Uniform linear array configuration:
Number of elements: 8
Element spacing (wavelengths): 0.75
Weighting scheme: blackman
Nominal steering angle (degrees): -45
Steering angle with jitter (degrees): -46.049
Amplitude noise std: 0.05
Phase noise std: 0.05

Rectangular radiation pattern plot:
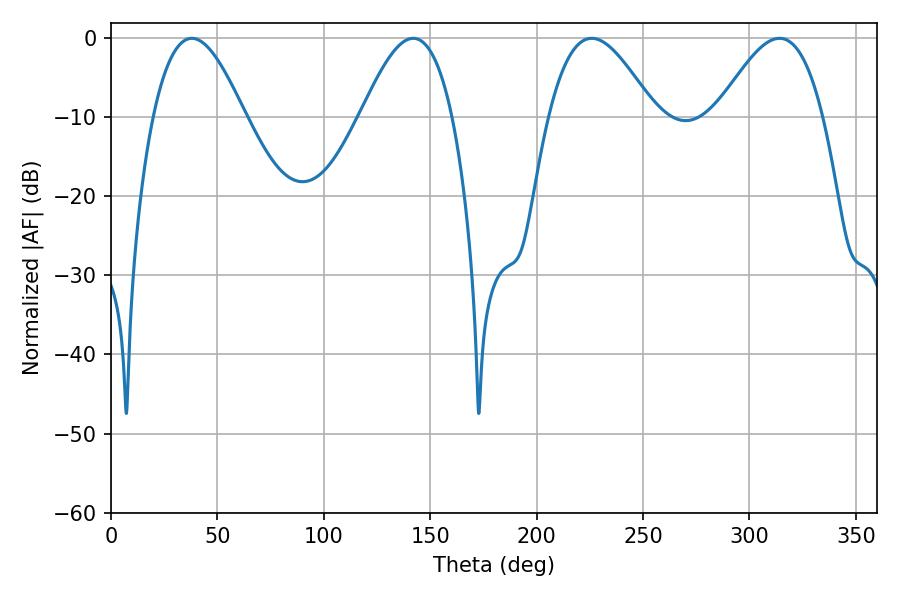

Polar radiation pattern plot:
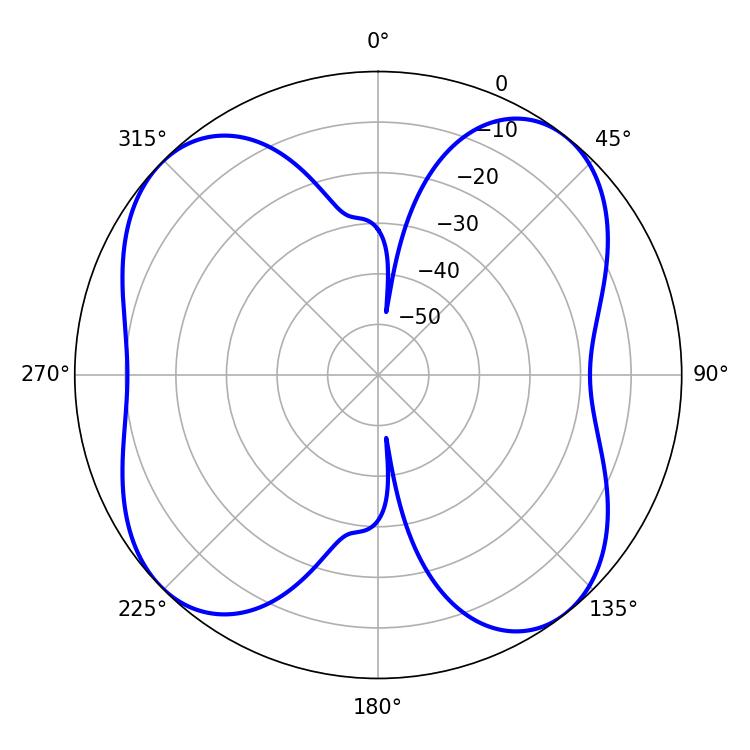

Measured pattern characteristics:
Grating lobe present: TRUE
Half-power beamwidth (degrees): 23.4
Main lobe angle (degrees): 37.98